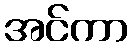
အင်ကာ